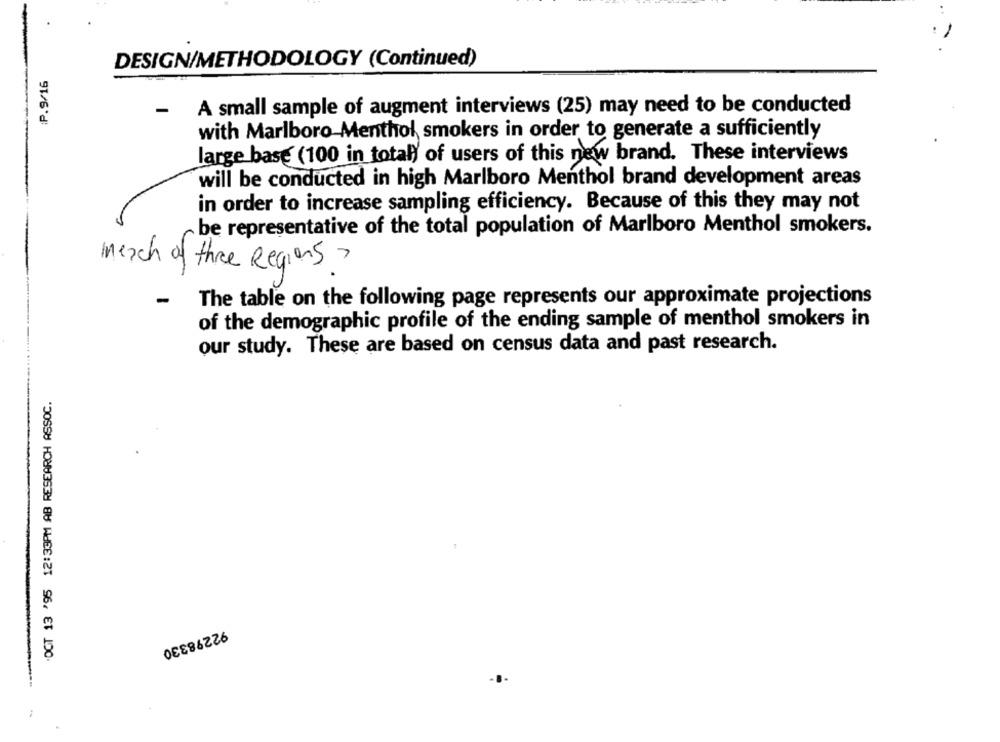
DESIGN/METHODOLOGY (Continued)
:P.9/16
- A small sample of augment interviews (25) may need to be conducted
with Marlboro Menthol smokers in order to generate a sufficiently
large base (100 in total) of users of this new brand. These interviews
will be conducted in high Marlboro Menthol brand development areas
in order to increase sampling efficiency. Because of this they may not
be representative of the total population of Marlboro Menthol smokers.
merch of three Regions ?
-
The table on the following page represents our approximate projections
of the demographic profile of the ending sample of menthol smokers in
our study. These are based on census data and past research.
.OCT 13 '95 12:33PM AB RESEARCH ASSOC.
92298330